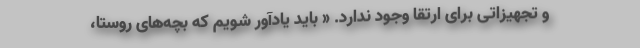
و تجهیزاتی برای ارتقا وجود ندارد. « باید یادآور شویم که بچه‌های روستا،